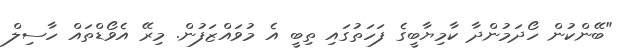
"ބޭންކުން ހޯދަމުންދާ ކާމިޔާބީގެ ފަހަތުގައި ތިބީ އެ މުވައްޒަފުން. މިރޭ އެވޯޑްތައް ހާސިލް